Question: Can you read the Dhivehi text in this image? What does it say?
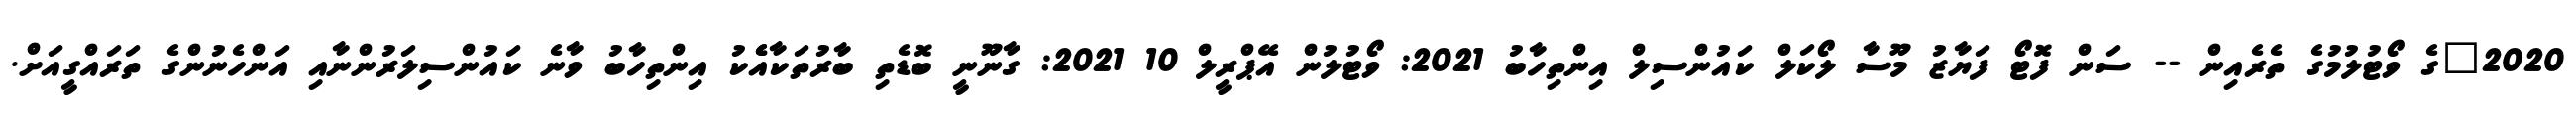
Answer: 2020"ގެ ވޯޓުލުމުގެ ތެރެއިން -- ސަން ފޮޓޯ ފަޔާޒު މޫސާ ލޯކަލް ކައުންސިލް އިންތިހާބު 2021: ވޯޓުލުން އޭޕްރީލް 10 2021: ގާނޫނީ ބޮޑެތި ބާރުތަކާއެެކު އިންތިހާބު ވާނެ ކައުންސިލަރުންނާއި އަންހެނުންގެ ތަރައްގީއަށް.